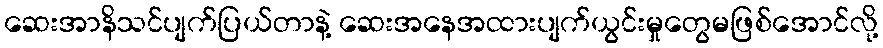
ဆေးအာနိသင်ပျက်ပြယ်တာနဲ့ ဆေးအနေအထားပျက်ယွင်းမှုတွေမဖြစ်အောင်လို့